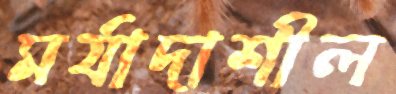
মর্যাদাশীল